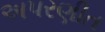
અપરણીત